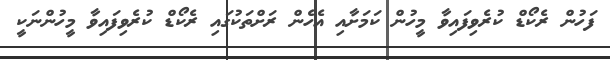
ފަހުން ރެކޯޑް ކުރެވިފައިވާ މީހުން ކަމަށާއި އެހެން ރަށްތަކުގައި ރެކޯޑް ކުރެވިފައިވާ މީހުންނަކީ